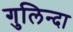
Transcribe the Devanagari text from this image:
गुलिन्दा